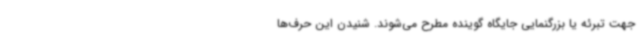
جهت تبرئه یا بزرگنمایی جایگاه گوینده مطرح می‌شوند. شنیدن این حرف‌ها